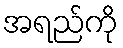
အရည်ကို